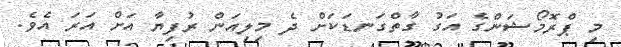
މި ޕްރޮމޯޝަންގެ އަގު ގާތްގަނޑަކަށް ދެ މިލިއަން ރުފިޔާ އަށް އަރަ އެވެ.